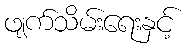
ဖျက်သိမ်းရေးနှင့်